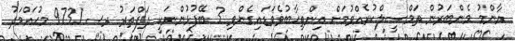
އާންމު މެންބަރުން ތަމްޞީލްކުރެއްވުމަށް އިންތިޚާބުވެވަޑައިގެންވި 3 ބޭފުޅުންނަކީ ދަފްތަރު ރސ 9731 މުޙައްމަދު